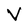
Character: V